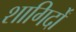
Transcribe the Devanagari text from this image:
शागिर्दों